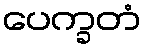
ပေက္ခတံ